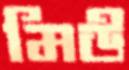
মিউ